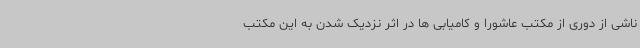
ناشی از دوری از مکتب عاشورا و کامیابی ها در اثر نزدیک شدن به این مکتب